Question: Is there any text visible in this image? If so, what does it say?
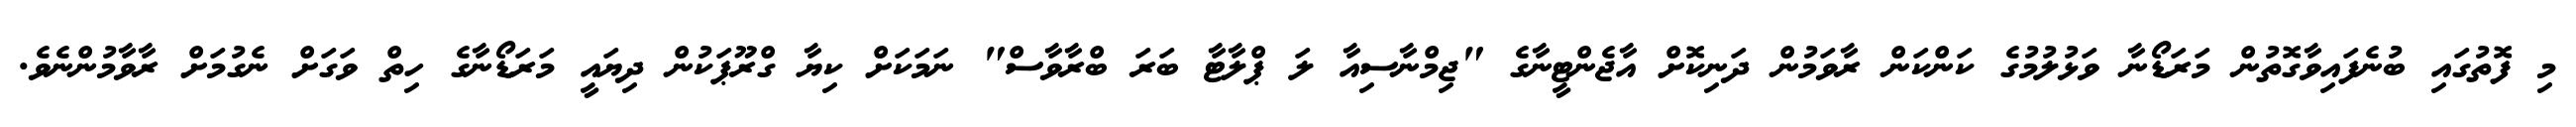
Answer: މި ފޮތުގައި ބުނެފައިވާގޮތުން މަރަޑޯނާ ވަޅުލުމުގެ ކަންކަން ރާވަމުން ދަނިކޮށް އާޖެންޓީނާގެ "ޖިމްނާސިއާ ލަ ޕްލާޓާ ބަރަ ބްރާވާސް" ނަމަކަށް ކިޔާ ގްރޫޕަކުން ދިޔައީ މަރަޑޯނާގެ ހިތް ވަގަށް ނެގުމަށް ރާވާމުންނެވެ.